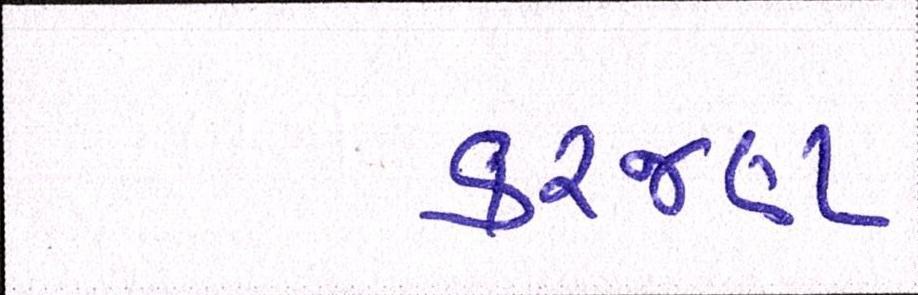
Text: કરજણ